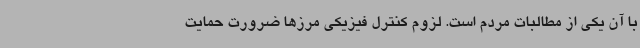
با آن یکی از مطالبات مردم است. لزوم کنترل فیزیکی مرزها ضرورت حمایت